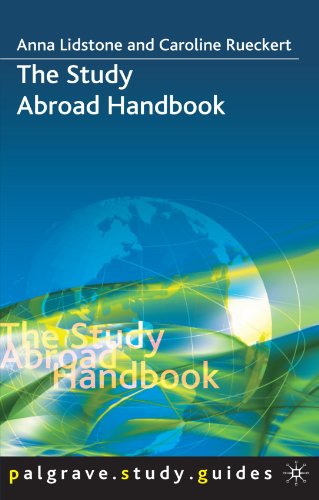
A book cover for The Study Abroad Handbook (Palgrave Study Guides); Anna Lidstone; Travel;